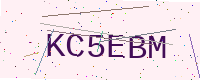
Text: KC5EBM